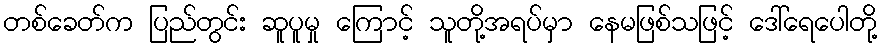
တစ်ခေတ်က ပြည်တွင်း ဆူပူမှု ကြောင့် သူတို့အရပ်မှာ နေမဖြစ်သဖြင့် ဒေါ်ရေပေါတို့